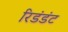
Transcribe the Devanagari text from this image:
रिडंडंट